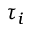
\tau _ { i }